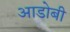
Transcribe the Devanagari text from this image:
आडोबी